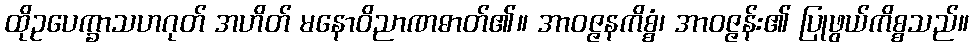
ထိုဥပေက္ခာသဟဂုတ် အဟိတ် မနောဝိညာဏဓာတ်၏။ အာဝဇ္ဇနကိစ္စံ၊ အာဝဇ္ဇန်း၏ ပြုဖွယ်ကိစ္စသည်။